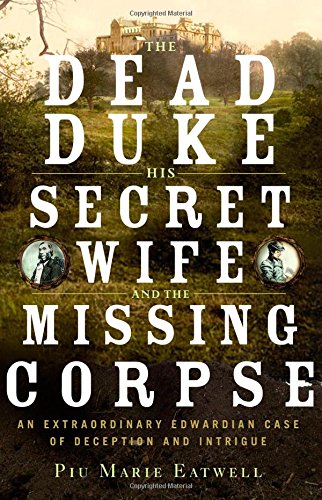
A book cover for The Dead Duke, His Secret Wife, and the Missing Corpse: An Extraordinary Edwardian Case of Deception and Intrigue; Piu Marie Eatwell; Law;